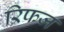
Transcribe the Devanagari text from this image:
रिफज